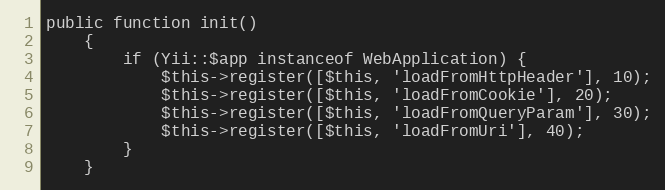
Language: PHP
public function init()
    {
        if (Yii::$app instanceof WebApplication) {
            $this->register([$this, 'loadFromHttpHeader'], 10);
            $this->register([$this, 'loadFromCookie'], 20);
            $this->register([$this, 'loadFromQueryParam'], 30);
            $this->register([$this, 'loadFromUri'], 40);
        }
    }